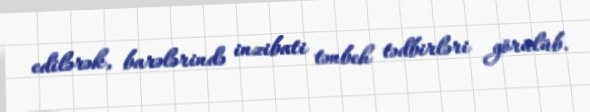
edilərək, barələrində inzibati tənbeh tədbirləri görülüb.